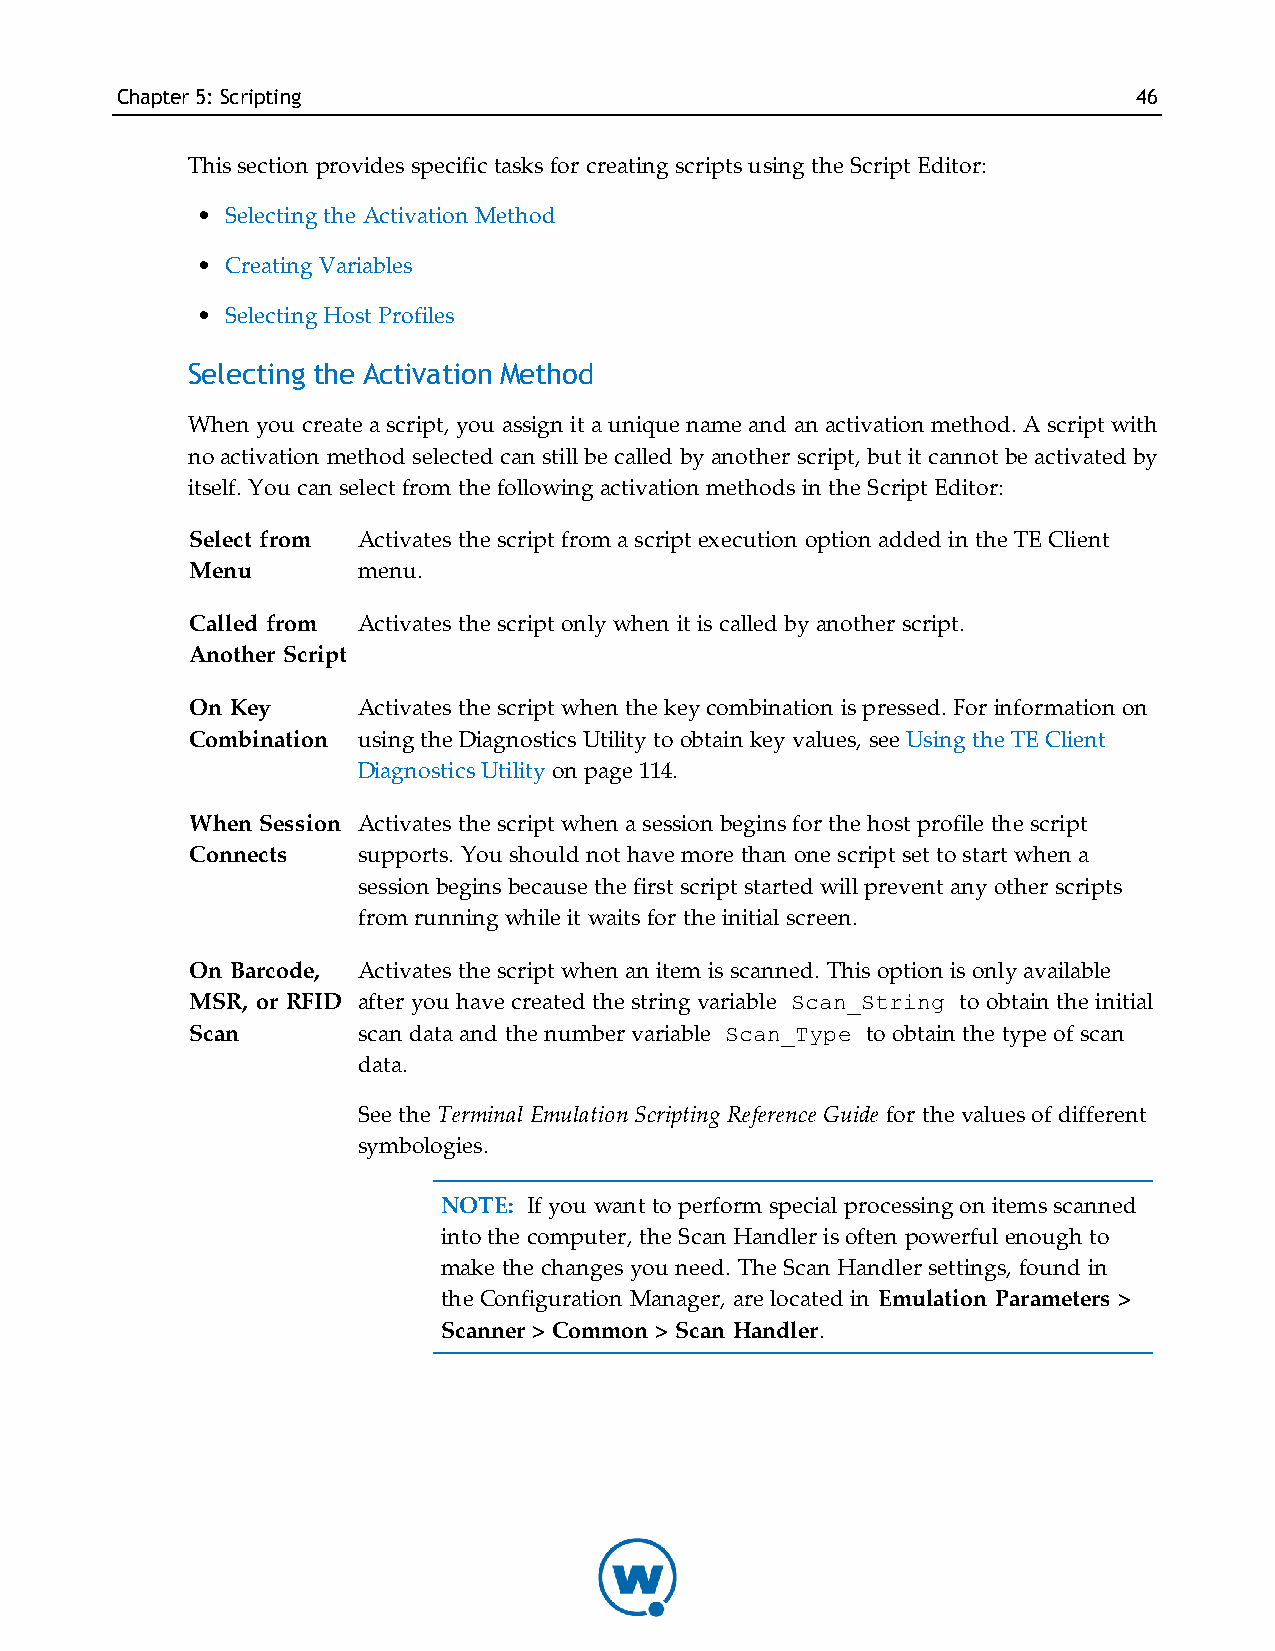
Chapter5: Scripting                                                46
 This section provides specific tasks for creating scripts using the Script Editor:
 • Selecting the Activation Method
 • Creating Variables
 • Selecting Host Profiles
 Selecting the Activation Method
 When you create a script, you assign it a unique name and an activation method. A script with
 no activation method selected can still be called by another script, but it cannot be activated by
 itself. You can select from the following activation methods in the Script Editor:
 Select from Activates the script from a script execution option added in the TE Client
 Menu       menu.
 Called from Activates the script only when it is called by another script.
 Another Script
 On Key     Activates the script when the key combination is pressed. For information on
 Combination using the Diagnostics Utility to obtain key values, see Using the TE Client
 Diagnostics Utility on page 114.
 When Session Activates the script when a session begins for the host profile the script
 Connects   supports. You should not have more than one script set to start when a
 session begins because the first script started will prevent any other scripts
 from running while it waits for the initial screen.
 On Barcode, Activates the script when an item is scanned. This option is only available
 MSR, or RFID after you have created the string variable Scan_String to obtain the initial
 Scan       scan data and the number variable Scan_Type to obtain the type of scan
 data.
 See the T erminal Emulation Scripting Reference Guide for the values of different
 symbologies.
 NOTE: If you want to perform special processing on items scanned
 into the computer, the Scan Handler is often powerful enough to
 make the changes you need. The Scan Handler settings, found in
 the Configuration Manager, are located in Emulation Parameters >
 Scanner > Common > Scan Handler.